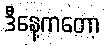
ဒီနေ့ကတော့